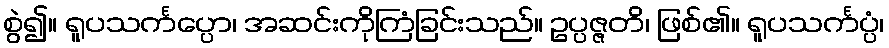
စွဲ၍။ ရူပသင်္ကပ္ပော၊ အဆင်းကိုကြံခြင်းသည်။ ဥပ္ပဇ္ဇတိ၊ ဖြစ်၏။ ရူပသင်္ကပ္ပံ၊